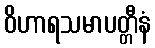
ဝိဟာရသမာပတ္တီနံ